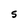
Character: S